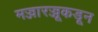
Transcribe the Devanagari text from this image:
मज्जारज्जूकडून